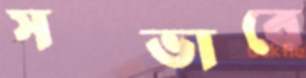
সত্ভাবে